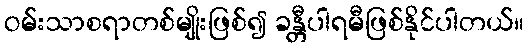
ဝမ်းသာစရာတစ်မျိုးဖြစ်၍ ခန္တီပါရမီဖြစ်နိုင်ပါတယ်။